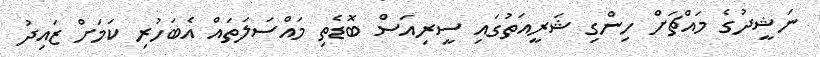
ނަޝީދުގެ މައްޗަށް ހިންގި ޝަރީއަތުގައި ސީރިއަސް ބޮޑެތި މައްސަލަތައް އެބަހުރި ކަމަށް ޒައިދު